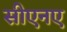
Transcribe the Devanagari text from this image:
सीएनए